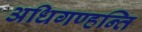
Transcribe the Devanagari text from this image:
अधिगण्हन्ति